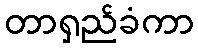
တာရှည်ခံကာ